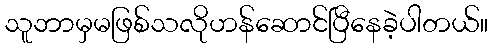
သူဘာမှမဖြစ်သလိုဟန်ဆောင်ပြီနေခဲ့ပါတယ်။